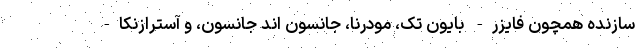
سازنده همچون فایزر- بایون تک، مودرنا، جانسون اند جانسون، و آسترازنکا-